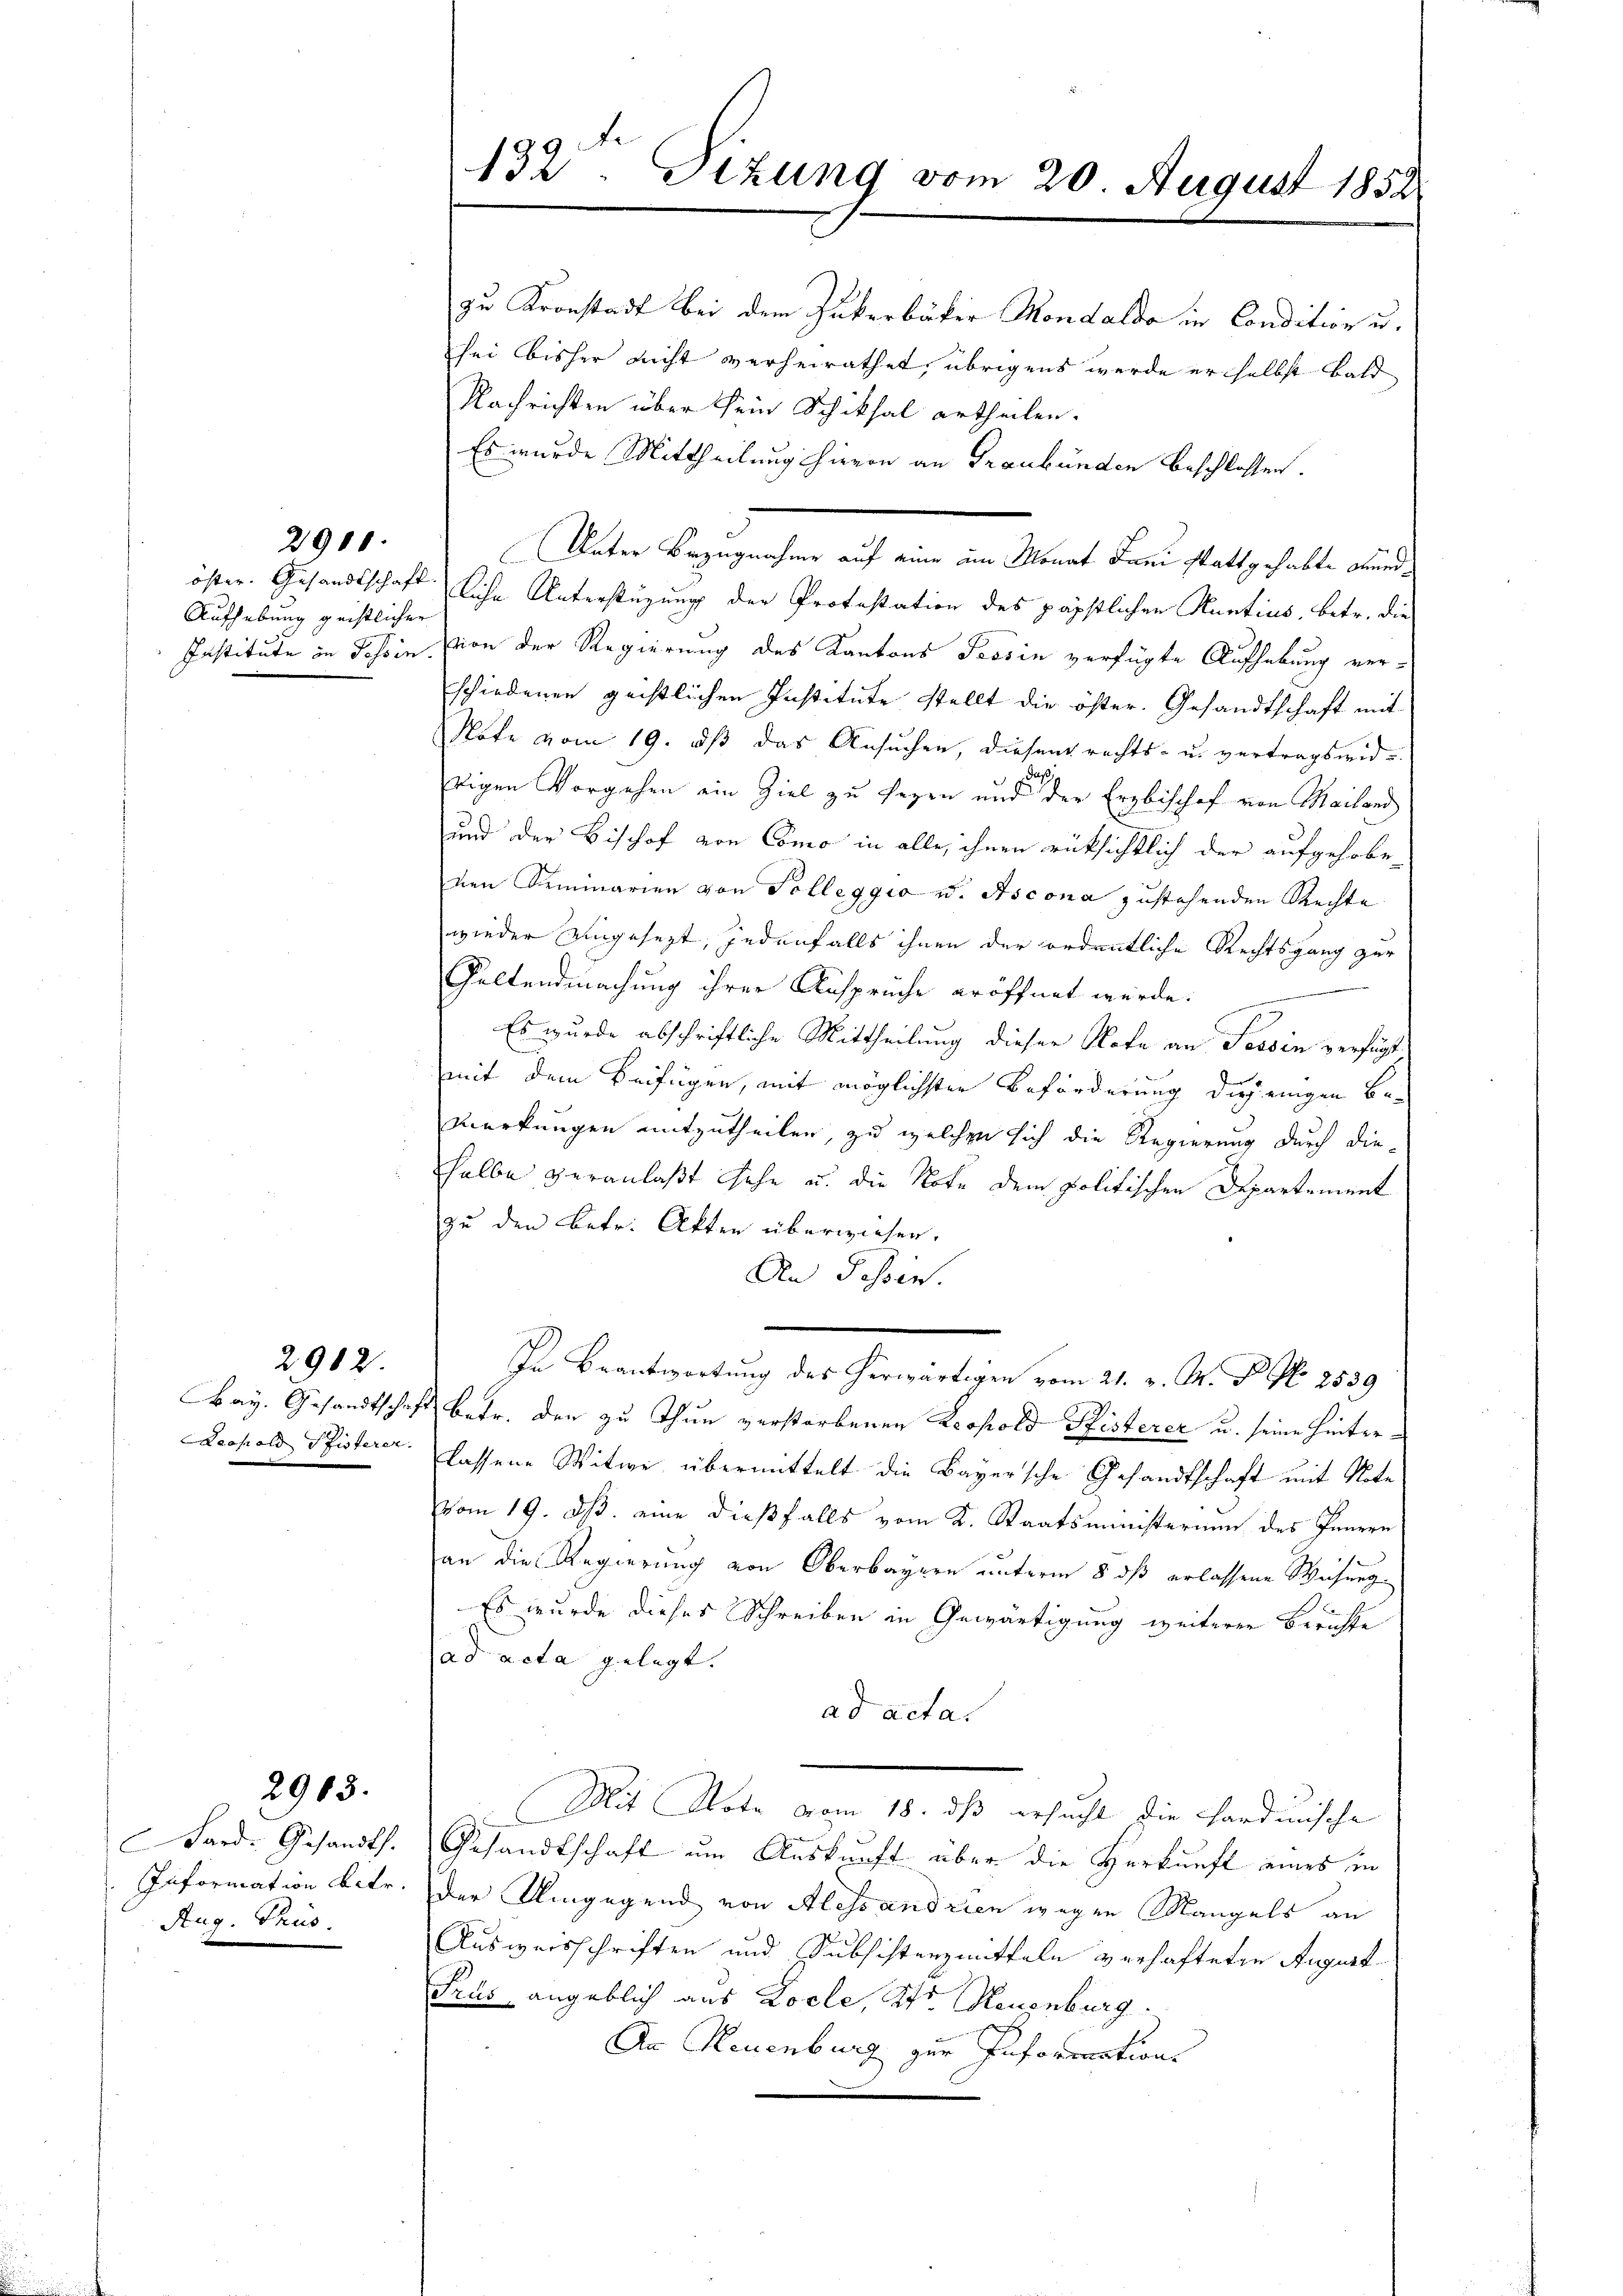
öster. Gesandtschaft.
Aufhebung geistlicher
Institute in Tessin.

2900.

Fay. Gesandtschaft
Leopold Pfisterer

2902

2963.

Bard. Gesandts.
Information betr.
Rug. Trus.

132. Sizung vom 20. August 1852

zu Kronstadt bei dem Zukerbäcker Mondaldo in Condition u.
sei bisher nicht verheirathet, übrigens werde erselbst bald
Nachrichten über sein Schiksal ertheilen.
Es wurde Mittheilung hievon an Graubünden beschlossen.
Unter Bezugnahme auf eine am Monat Juni stattgehabte Mundliche Unterstüzung der Protestation des päpstlichen Huntius, betr. die
vion der Regierung des Kantons Tessin verfügte Aufhebung ver-
schiedenen geistlichen Institute stellt die öfter. Gesandtschaft mit
Note vom 19. dß das Ansuchen, diesen rechts- u. vertragswid
Eigen Vorgehen ein Ziel zu seyen und der Erzbischof von Mailand
und der Bischof von Como in alle, ihnen rücksichtlich der aufgehobenen Seminarien von Solleggio u. Ascona zustehenden Rechte
wieder eingesezt, jedenfalls ihnen der ordentliche Rechtsgang zur
Galtendmachung ihrer Ansprüche eröffnet würde.

Es wurde abschriftliche Mittheilung dieser Note an Tessin verfügt
mit dem Beifügen, mit möglichsten Beförderung diejenigen Be-
Merkungen mitzutheilen, zu welchen sich die Regierung durch diehalbe veranlaßt sehe u. die Note dem politischen Departement
zu den Betr. Akten überwiesen.
An Possen.
In Beantwortung des herwärtigen vom 21. v. M. P. No 2539.
betr. den zu thun verstorbenen Leopold Pfisterer u. seine Hinterlassene Witwe übermittelt die Bayersche Gesandtschaft mit Note
vom 19. ds. eine dießfalls vom K. Staatsministerium des Innern
an die Regierung von Oberbayern unterm 8 dß erlassene Wisung
Es wurde dieses Schreiben in Gewärtigung weiterer Berichte
ad acta gelegt. |
ad acta.
Mit Note vom 18. ds ersucht die Hardmische
Gesandtschaft um Auskunft aber die Herkunft eines in
der Umgegend von Alessandrien wegen Mangels an
Ausweisschriften und Subsistenzmitteln verhafteten August
Prus angeblich aus Locle, Pfr. Neuenburg.
An Neuenburg zur Informnation